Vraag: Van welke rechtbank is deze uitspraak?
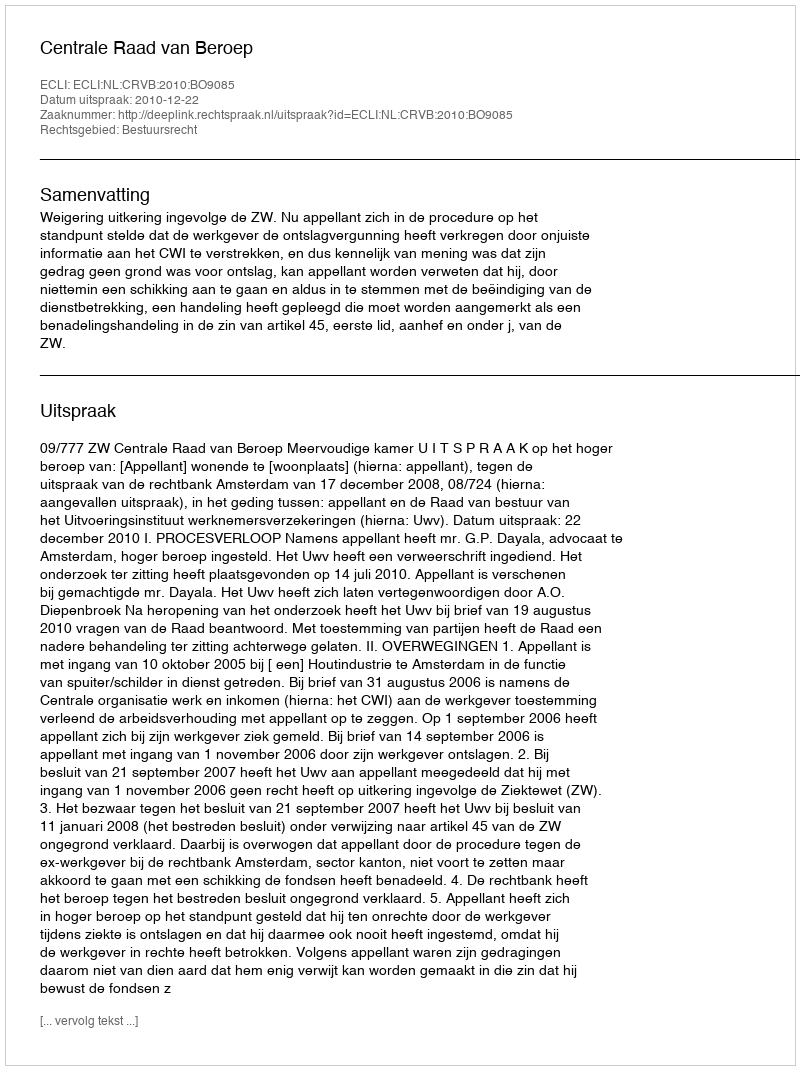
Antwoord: Centrale Raad van Beroep